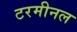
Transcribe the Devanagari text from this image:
टरमीनल